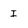
Character: I